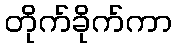
တိုက်ခိုက်ကာ